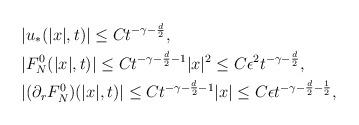
LaTeX: \begin{align*} & |u_*(|x|,t)|\le Ct^{-\gamma-\frac{d}{2}},\\ & |F_N^0(|x|,t)|\le Ct^{-\gamma-\frac{d}{2}-1}|x|^2\le C\epsilon^2t^{-\gamma-\frac{d}{2}},\\ & |(\partial_r F_N^0)(|x|,t)|\le Ct^{-\gamma-\frac{d}{2}-1}|x|\le C\epsilon t^{-\gamma-\frac{d}{2}-\frac{1}{2}},\end{align*}